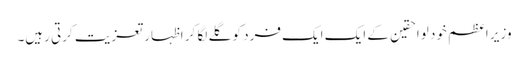
وزیر اعظم خود لواحقین کے ایک ایک فرد کو گلے لگا کر اظہار تعزیت کرتی رہیں۔